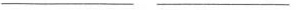
___ ___